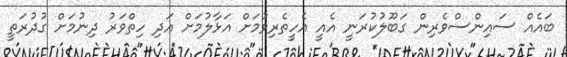
ބައެއް ސައިންސްވެރިން ގަބޫލުކުރަނީ އެއީ އެހީތެރިވުމަށް އަޅާލުމަށް އަދި ހިތްވަރު ދިނުމަށް ގުދުރަތީ